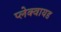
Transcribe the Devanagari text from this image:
प्लेक्वायड